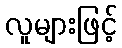
လူများဖြင့်